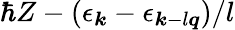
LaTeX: \hbar{Z}-(\epsilon_{\boldsymbol{k}}-\epsilon_{\boldsymbol{k}-l\boldsymbol{q}})/l